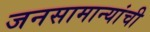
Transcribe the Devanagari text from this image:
जनसामान्यांची